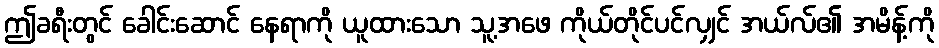
ဤခရီးတွင် ခေါင်းဆောင် နေရာကို ယူထားသော သူ့အဖေ ကိုယ်တိုင်ပင်လျှင် အယ်လ်၏ အမိန့်ကို